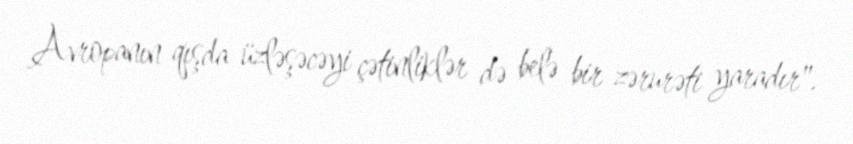
Avropanın qışda üzləşəcəyi çətinliklər də belə bir zərurəti yaradır".